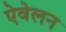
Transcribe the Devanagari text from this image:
ऐवेलन